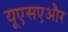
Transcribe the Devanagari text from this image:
यूएसएऔर